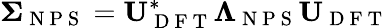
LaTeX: \boldsymbol{\Sigma}_{\mathrm{~N~P~S~}}=\mathbf{U}_{\mathrm{~D~F~T~}}^{*}\boldsymbol{\Lambda}_{\mathrm{~N~P~S~}}\mathbf{U}_{\mathrm{~D~F~T~}}